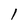
Character: l